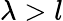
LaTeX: \lambda>l